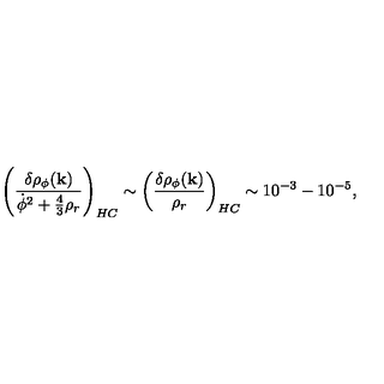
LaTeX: \left( \frac { \delta \rho _ { \phi } ( { \bf k } ) } { { \dot { \phi } } ^ { 2 } + \frac { 4 } { 3 } \rho _ { r } } \right) _ { H C } \sim \left( \frac { \delta \rho _ { \phi } ( { \bf k } ) } { \rho _ { r } } \right) _ { H C } \sim 1 0 ^ { - 3 } - 1 0 ^ { - 5 } ,